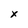
Character: x